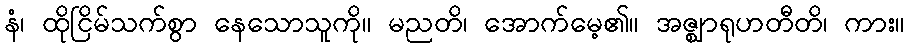
နံ၊ ထိုငြိမ်သက်စွာ နေသောသူကို။ မညတိ၊ အောက်မေ့၏။ အဇ္ဈာရုဟတီတိ၊ ကား။